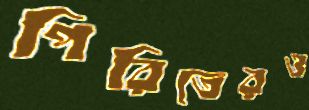
পিরিতেরও